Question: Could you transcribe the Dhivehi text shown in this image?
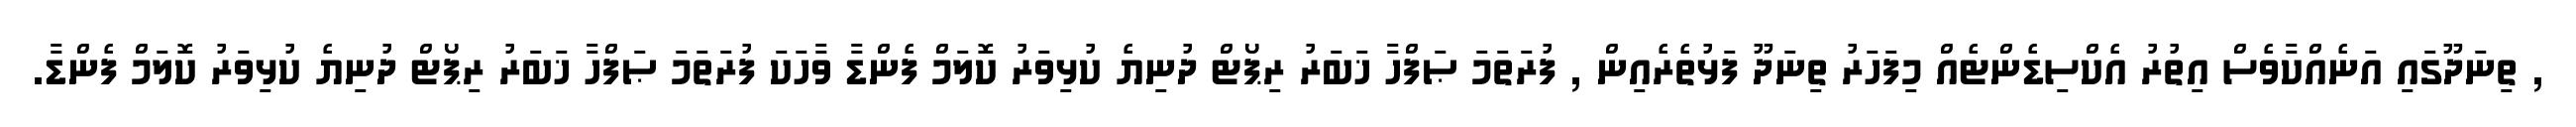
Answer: , ތިނަދޫގައި އަނެއްކާވެސް އިތުރު އެކްސިޑެންޓެއް މިފަހަރު ތިނަދޫ ފަޅުތެރެއިން , ފުރަތަމަ ޞަފްހާ ޚަބަރު ރިޕޯޓް ދުނިޔެ ކުޅިވަރު ކޮލަމް ފެންޑާ ވާހަކަ ފުރަތަމަ ޞަފްހާ ޚަބަރު ރިޕޯޓް ދުނިޔެ ކުޅިވަރު ކޮލަމް ފެންޑާ.